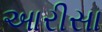
આરીસા